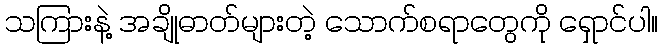
သကြားနဲ့ အချိုဓာတ်များတဲ့ သောက်စရာတွေကို ရှောင်ပါ။